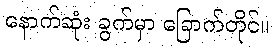
နောက်ဆုံး ခွက်မှာ ခြောက်တိုင်။